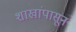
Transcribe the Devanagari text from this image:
शाखांपासून